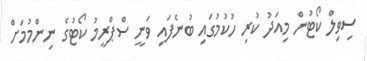
ސިވިލް ކޯޓުން މިއަދު ކުރި ހުކުމުގައި ބުނެފައި ވަނީ ސްޕްރީމު ކޯޓުގެ ނިންމުމަށް